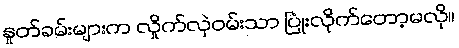
နှုတ်ခမ်းများက လှိုက်လှဲဝမ်းသာ ပြုံးလိုက်တော့မလို။